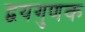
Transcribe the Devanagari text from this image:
द्वयगुणक